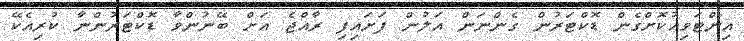
އިންޓަވިއުކޮށްގެން ޑޮކްޓަރުން ގެންނަން އަލުން ފަށައިފި ރާއްޖެ އަށް ބޭނުންވާ ޑޮކްޓަރުންނާ ކުރިއެކޭ